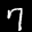
Label: 7